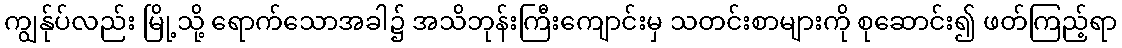
ကျွန်ုပ်လည်း မြို့သို့ ရောက်သောအခါ၌ အသိဘုန်းကြီးကျောင်းမှ သတင်းစာများကို စုဆောင်း၍ ဖတ်ကြည့်ရာ